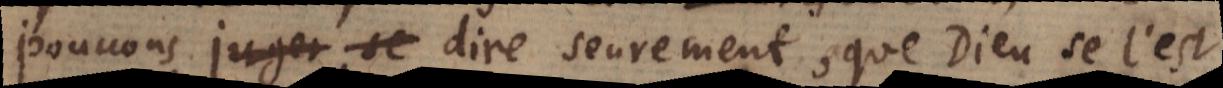
pouvons juger se dire seurement, que Dieu se l’est